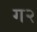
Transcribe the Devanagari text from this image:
ग२